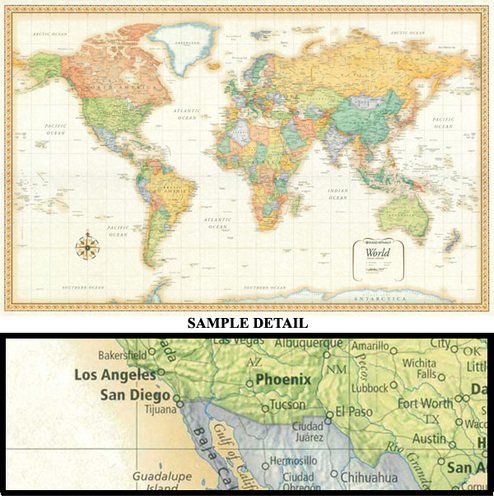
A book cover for Rand Mcnally World Map (Classic Edition World Wall Map); Rand McNally and Company; Reference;